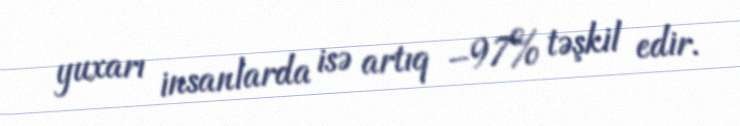
yuxarı insanlarda isə artıq –97% təşkil edir.